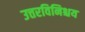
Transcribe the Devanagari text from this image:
उत्तरविनिश्चय